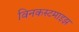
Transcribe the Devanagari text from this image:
विनकस्टमाइझ